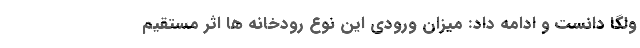
ولگا دانست و ادامه داد: میزان ورودی این نوع رودخانه ها اثر مستقیم